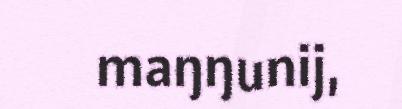
maŋŋunij,